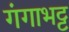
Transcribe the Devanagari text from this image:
गंगाभट्ट